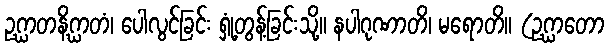
ဥဂ္ဃာတနိဂ္ဃာတံ၊ ပေါလွင်ခြင်း ရှုံ့တွန့်ခြင်းသို့။ နပါဂုဏာတိ၊ မရောတိ။ (ဥဂ္ဃာတော